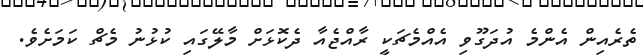
ތެރެއިން އެންމެ އުދަގޫވި އެއްމެޗަކީ ރާއްޖެއާ ދެކޮޅަށް މާލޭގައި ކުޅުނު މެޗް ކަމަށެވެ.